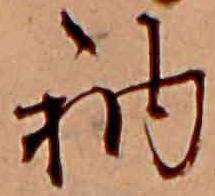
衲